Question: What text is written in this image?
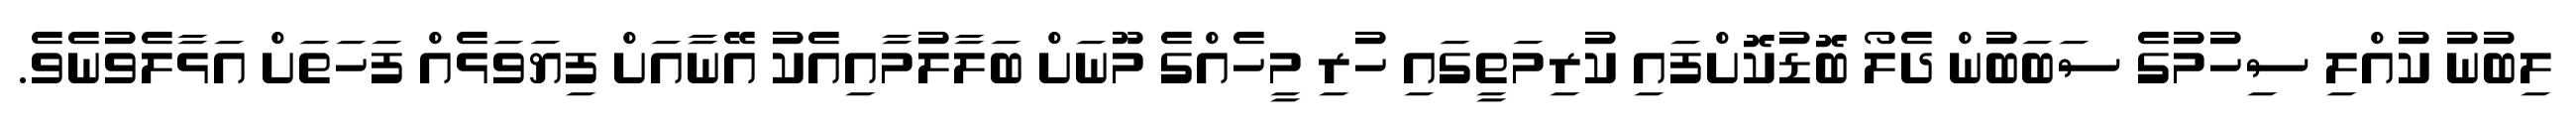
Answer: ލިބުނު ކުއްލި ސިހުމުގެ ސަބަބުން ދެލޯ ބޮޑުކޮށްފައި ކުރިމަތީގައި ހުރި މީހެއްގެ މޫނަށް ބަލާލުމާއިއެކު އޭނާއަށް ފިޔަވަޅެއް ފަހަތަށް އަޅާލެވުނެވެ.